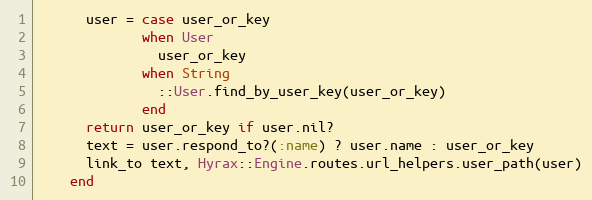
Language: Ruby
      user = case user_or_key
             when User
               user_or_key
             when String
               ::User.find_by_user_key(user_or_key)
             end
      return user_or_key if user.nil?
      text = user.respond_to?(:name) ? user.name : user_or_key
      link_to text, Hyrax::Engine.routes.url_helpers.user_path(user)
    end